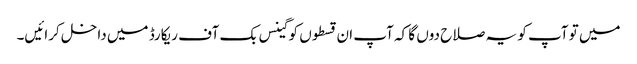
میں تو آپ کو یہ صلاح دوں گا کہ آپ ان قسطوں کو گینس بک آف ریکارڈ میں داخل کرائیں۔